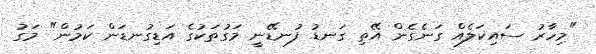
"މިހާރު ސައިކަލެއް ގަނެގެން އޭތި ގަނޑު ފުނޑޭނީ މަގުތަކުގެ އަޑިގުނޑަން ކަމުން" މަގު